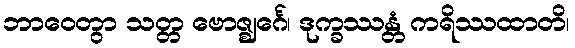
ဘာဝေတွာ သတ္တ ဗောဇ္ဈင်္ဂေ၊ ဒုက္ခဿန္တံ ကရိဿထာတိ၊